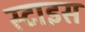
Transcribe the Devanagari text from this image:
स्टाइस